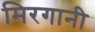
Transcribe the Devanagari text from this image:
मिरगानी